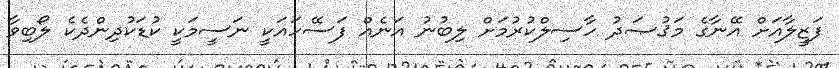
ފަޒީލާއަށް އޭނާގެ މަޤުޞަދު ހާސިލްކުރުމަށް ލިބުނު އަނެއް ފަސޭހައަކީ ނަސީމަކީ ކުޑަކުދިންދެކެ ލޯބިވާ